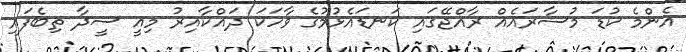
އެންމެ ކުޑަ މުސާރައެއް ރާއްޖޭގައި ކަނޑައެޅުމުގެ ވާހަކަ ދައްކާއިރު މިއީ ސީދާ ތިބެފައި